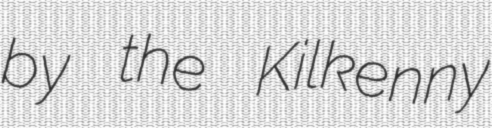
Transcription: by the Kilkenny